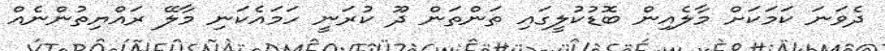
ދެވަނަ ކަމަކަށް މާލެއިން ބޮޑުކުލީގައި ތަންތަން ދޫ ކުރަނީ ހަމައެކަނި މާލޭ ރައްޔިތުންނެއް